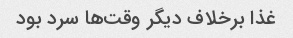
غذا برخلاف دیگر وقت‌ها سرد بود